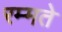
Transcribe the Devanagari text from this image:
रम्मते